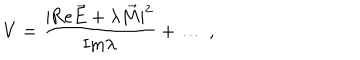
V = { \frac { | \mathrm { R e } \vec { E } + \lambda \vec { M } | ^ { 2 } } { \mathrm { I m } \lambda } } + \dots \ ,